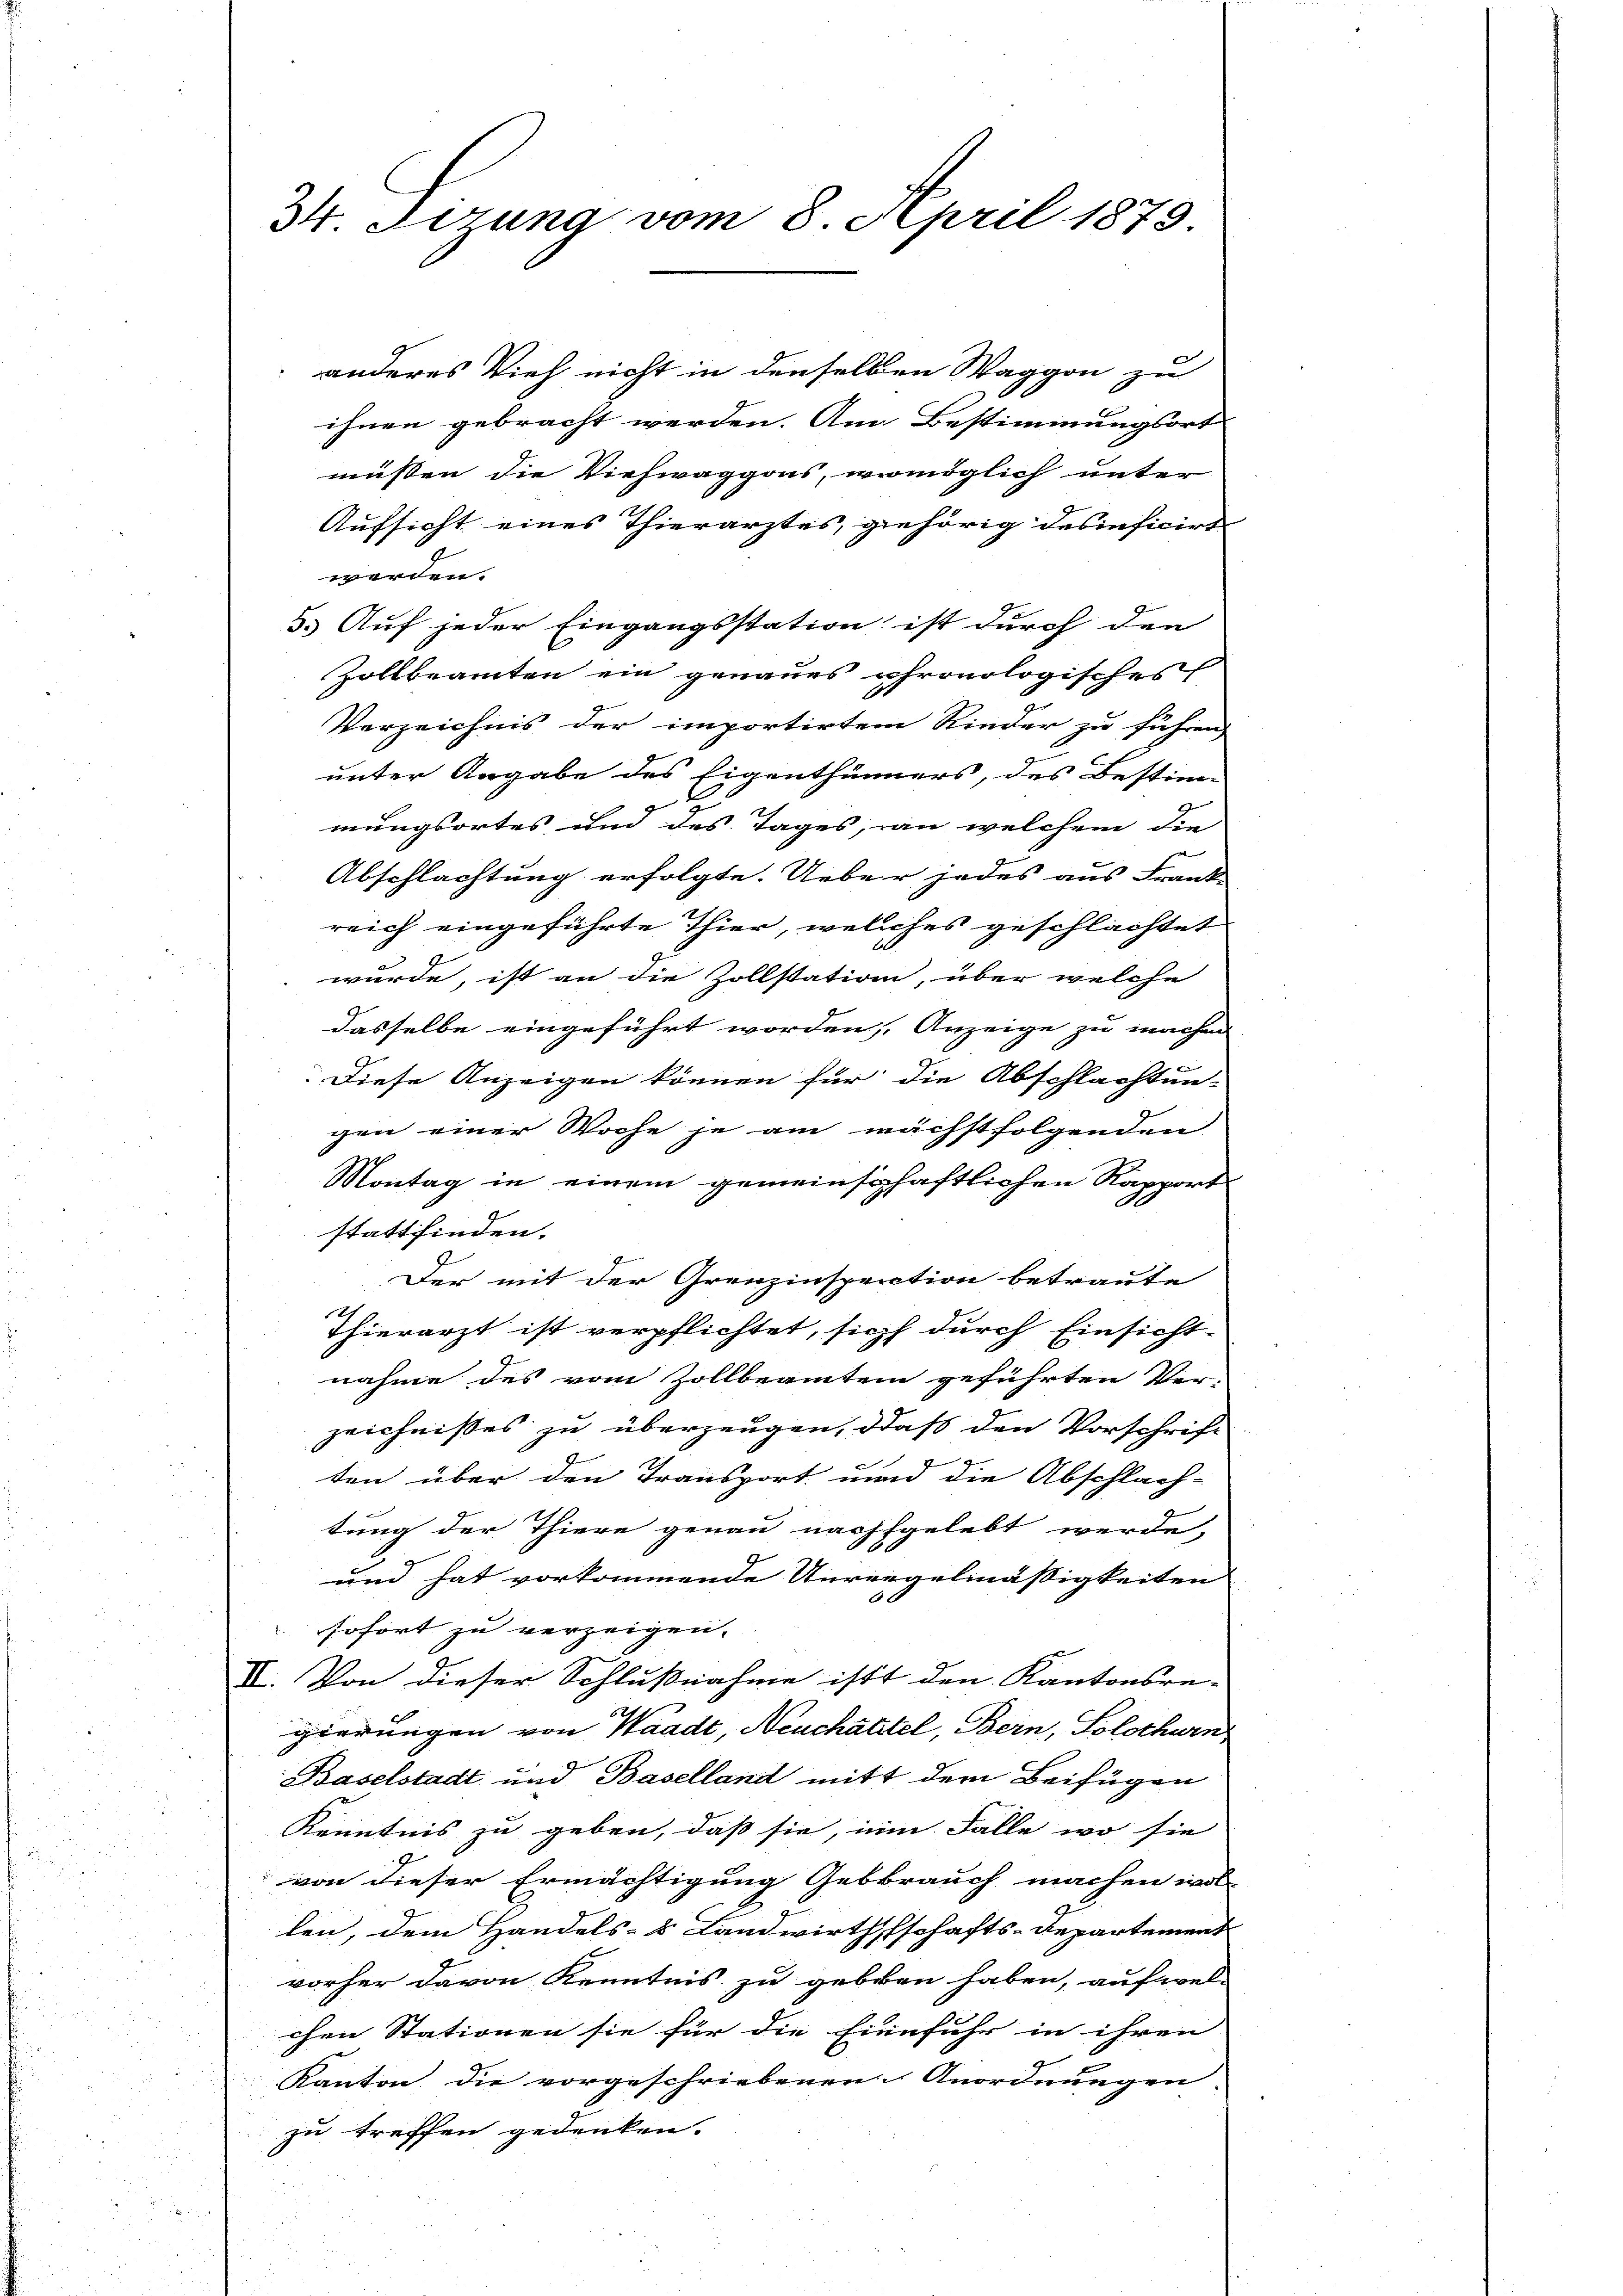
34. Sizung vom 8. April 1879

anderes Vieh nicht in denselben Waggon zu
ihnen gebracht werden. Am Bestimmungsort
müssen, die Viehwaggons, womöglich unter
Aufsicht eines Thierarztes, gehörig des inficirt
werden.
3. Auf jeder Eingangsstation ist durch den
Zollbeamten ein genaues phronologisches
Verzeichnis der importirtem Kinder zu führen,
unter Angabe des Eigenthümers, des Bestim-
mungsortes und des Tages, an welchem die
Abschlachtung erfolgte. Ueber jedes aus Frank
reich eingeführte Thier, welches geschlachtet
 wurde, ist an die Zollstation, über welche
dasselbe eingeführt worden, Anzeige zu machen
Diese Anzeigen können für die Abschlachtun-
gen einer Woche je am nächstfolgenden
Montag in einem gemeinschaftlichen Rapport
stattfinden.
Der mit der Grenzinspection betraute
12
Thierarzt ist verpflichtet, sich durch Einsicht-
nahme des vom Zollbeamtein geführten Ver-
zeichnißes zu überzeugen, daß den Vorschrift
ten über den Transport und die Abschlach-
tung der Thiere genau nachgelebt werde,
und hat vorkommende Anregelmässigkeiten
.
sofort zu verzeigen.
V. Von dieser Schlußnahme ist den Kantonsre-
gierungen von Waadt, Neuchatitel, Bern, Solothurn
Baselstadt und Baselland mitt dem Beifügen
Kenntnis zu geben, daß sie, ein Falle wo sie
von dieser Ermächtigung Gebrauch machen wol
len, dem Handels- Landwirthschafts-Repartement
vorher davon Kenntnis zu geben haben, auf wel-
chen Stationen sie für die Einfuhr in ihren |
Kanton die vorgeschriebenen Anordnungen |
zu treffen gedenken.